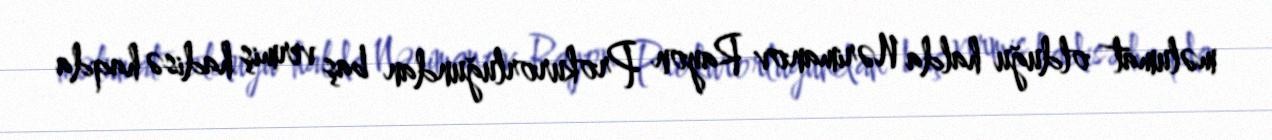
məlumat olduğu halda Nərimanov Rayon Prokurorluğundan baş vermiş hadisə haqda